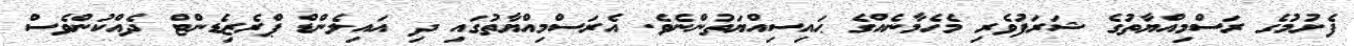
ފެށުމުގެ ރަސްމިއްޔާތުގެ ޝަރަފުވެރި މެހެމާނެއްގެ ޙައިސިއްޔަތުންނެވެ. އެރަސްމިއްޔާތުގައި ދި އައިލެންޑް ޕްރެޒިޑެންޓް ދެއްކުންވެސް